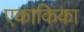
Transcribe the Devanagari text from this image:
एकाकिका